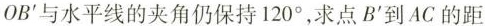
OB^{\prime}与水平线的夹角仍保持120^{\circ}，求点B^{\prime}到AC的距